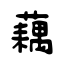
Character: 藕